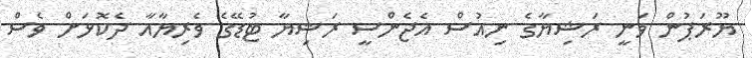
ޔޫރަޕުން ވަނީ ރަޝިޔާގެ ނިއުސް އެޖެންސީ ރަޝިޔާ ޓުޑޭގެ ވެރިޔާއާ ދެކޮޅަށް ވެސް